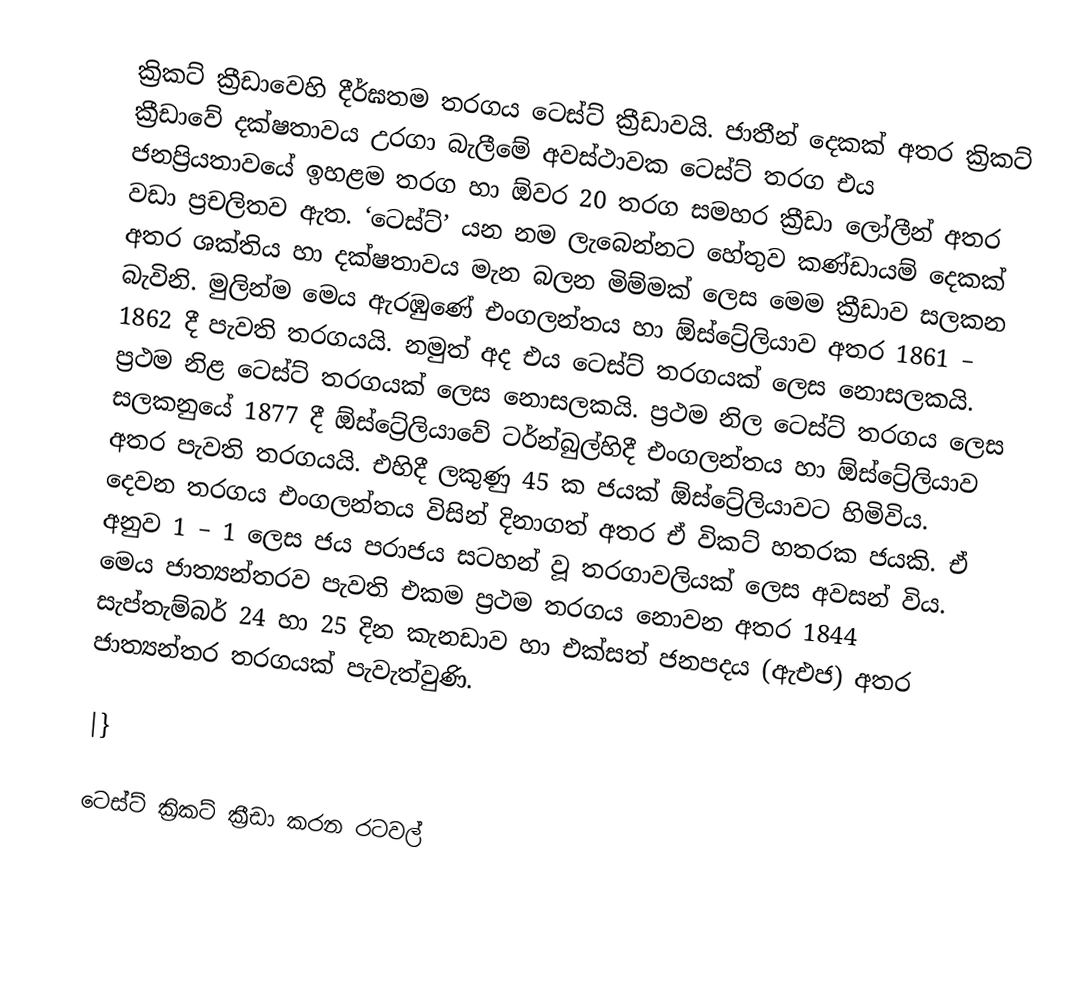
ක්‍රිකට් ක්‍රීඩාවෙහි දීර්ඝතම තරගය ටෙස්ට් ක්‍රීඩාවයි. ජාතීන් දෙකක් අතර ක්‍රිකට් ක්‍රීඩාවේ දක්ෂතාවය උරගා බැලීමේ අවස්ථාවක ටෙස්ට් තරග එය ජනප්‍රියතාවයේ ඉහළම තරග හා ඕවර 20 තරග සමහර ක්‍රීඩා ලෝලීන් අතර වඩා ප්‍රචලිතව ඇත. ‘ටෙස්ට්’ යන නම ලැබෙන්නට හේතුව කණ්ඩායම් දෙකක් අතර ශක්තිය හා දක්ෂතාවය මැන බලන මිම්මක් ලෙස මෙම ක්‍රීඩාව සලකන බැවිනි. මුලින්ම මෙය ඇරඹුණේ එංගලන්තය හා ඕස්ට්‍රේලියාව අතර 1861 – 1862 දී පැවති තරගයයි. නමුත් අද එය ටෙස්ට් තරගයක් ලෙස නොසලකයි. ප්‍රථම නිළ ටෙස්ට් තරගයක් ලෙස නොසලකයි. ප්‍රථම නිල ටෙස්ට් තරගය ලෙස සලකනුයේ 1877 දී ඕස්ට්‍රේලියාවේ ටර්න්බුල්හිදී එංගලන්තය හා ඕස්ට්‍රේලියාව අතර පැවති තරගයයි. එහිදී ලකුණු 45 ක ජයක් ඕස්ට්‍රේලියා‍වට හිමිවිය. දෙවන තරගය එංගලන්තය විසින් දිනාගත් අතර ඒ විකට් හතරක ජයකි. ඒ අනුව 1 – 1 ලෙස ජය පරාජය සටහන් වූ තරගාවලියක් ලෙස අවසන් විය. මෙය ජාත්‍යන්තරව පැවති එකම ප්‍රථම තරගය නොවන අතර 1844 සැප්තැම්බර් 24 හා 25 දින කැනඩාව හා එක්සත් ජනපදය (ඇඑජ) අතර ජාත්‍යන්තර තරගයක් පැවැත්වුණි.

|}

ටෙස්ට් ක්‍රිකට් ක්‍රීඩා කරන රටවල්